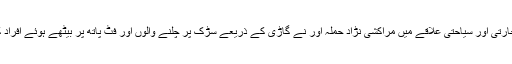
17 اگست کو تجارتی اور سیاحتی علاقے میں مراکشی نڑاد حملہ آور نے گاڑی کے ذریعے سڑک پر چلنے والوں اور فٹ پاتھ پر بیٹھے ہوئے افراد کو روند ڈالا تھا۔